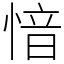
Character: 愔